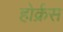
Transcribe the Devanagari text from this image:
होर्क्रस